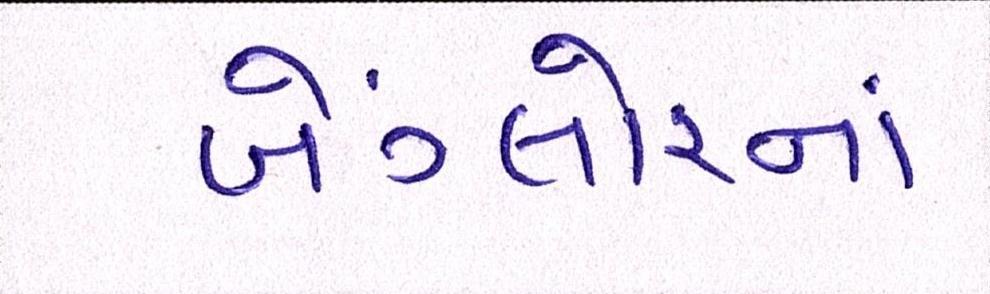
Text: બેંગ્લોરનાં